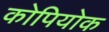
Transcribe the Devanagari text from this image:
कोपियोक